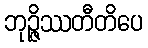
ဘုဉ္ဇိဿတီတိပေ